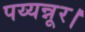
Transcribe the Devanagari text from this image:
पय्यन्नूर।